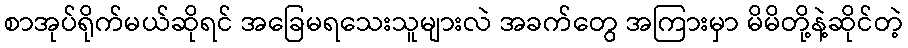
စာအုပ်ရိုက်မယ်ဆိုရင် အခြေမရသေးသူများလဲ အခက်တွေ အကြားမှာ မိမိတို့နဲ့ဆိုင်တဲ့